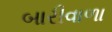
બારીવાળા